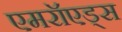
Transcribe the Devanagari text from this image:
एमरॉएड्स